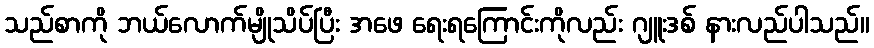
သည်စာကို ဘယ်လောက်မျိုသိပ်ပြီး အဖေ ရေးရကြောင်းကိုလည်း ဂျူးဒစ် နားလည်ပါသည်။